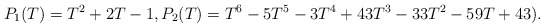
\begin{align*}P_1(T) = T^2 + 2T - 1, P_2(T) = T^6 - 5T^5 - 3T^4 + 43T^3 - 33T^2 - 59T + 43).\end{align*}